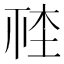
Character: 𣒮